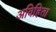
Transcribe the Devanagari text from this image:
अविहिता